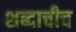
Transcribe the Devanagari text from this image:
शब्दाचीच